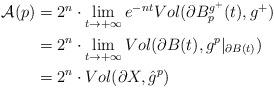
LaTeX: \begin{align*}\begin{aligned}\mathcal{A}(p)&=2^n\cdot\lim\limits_{t\rightarrow+\infty}e^{-nt}Vol(\partial B_p^{g^+}(t),g^+)\\&=2^n\cdot\lim\limits_{t\rightarrow+\infty}Vol(\partial B(t),g^p|_{\partial B(t)})\\&=2^n\cdot Vol(\partial X,\hat{g}^p)\end{aligned}\end{align*}